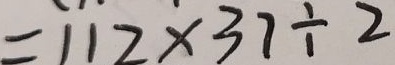
= 1 1 2 \times 3 7 \div 2